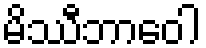
မိဿီဘာဝေါ